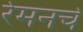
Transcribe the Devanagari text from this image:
रेमनचे